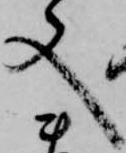
又